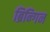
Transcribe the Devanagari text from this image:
ब्रिन्गिन